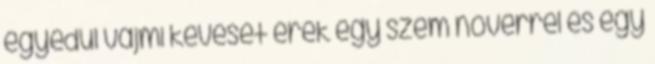
egyedül vajmi keveset érek egy szem nővérrel és egy